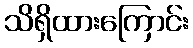
သိရှိထားကြောင်း